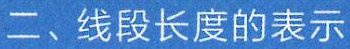
二、线段长度的表示